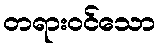
တရားဝင်သော